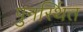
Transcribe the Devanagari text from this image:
पुनर्स्थित